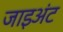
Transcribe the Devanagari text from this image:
जाइअंट